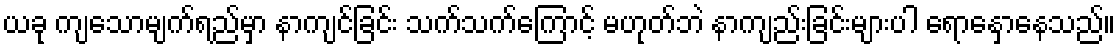
ယခု ကျသောမျက်ရည်မှာ နာကျင်ခြင်း သက်သက်ကြောင့် မဟုတ်ဘဲ နာကျည်းခြင်းများပါ ရောနှောနေသည်။